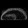
Digit: ၈